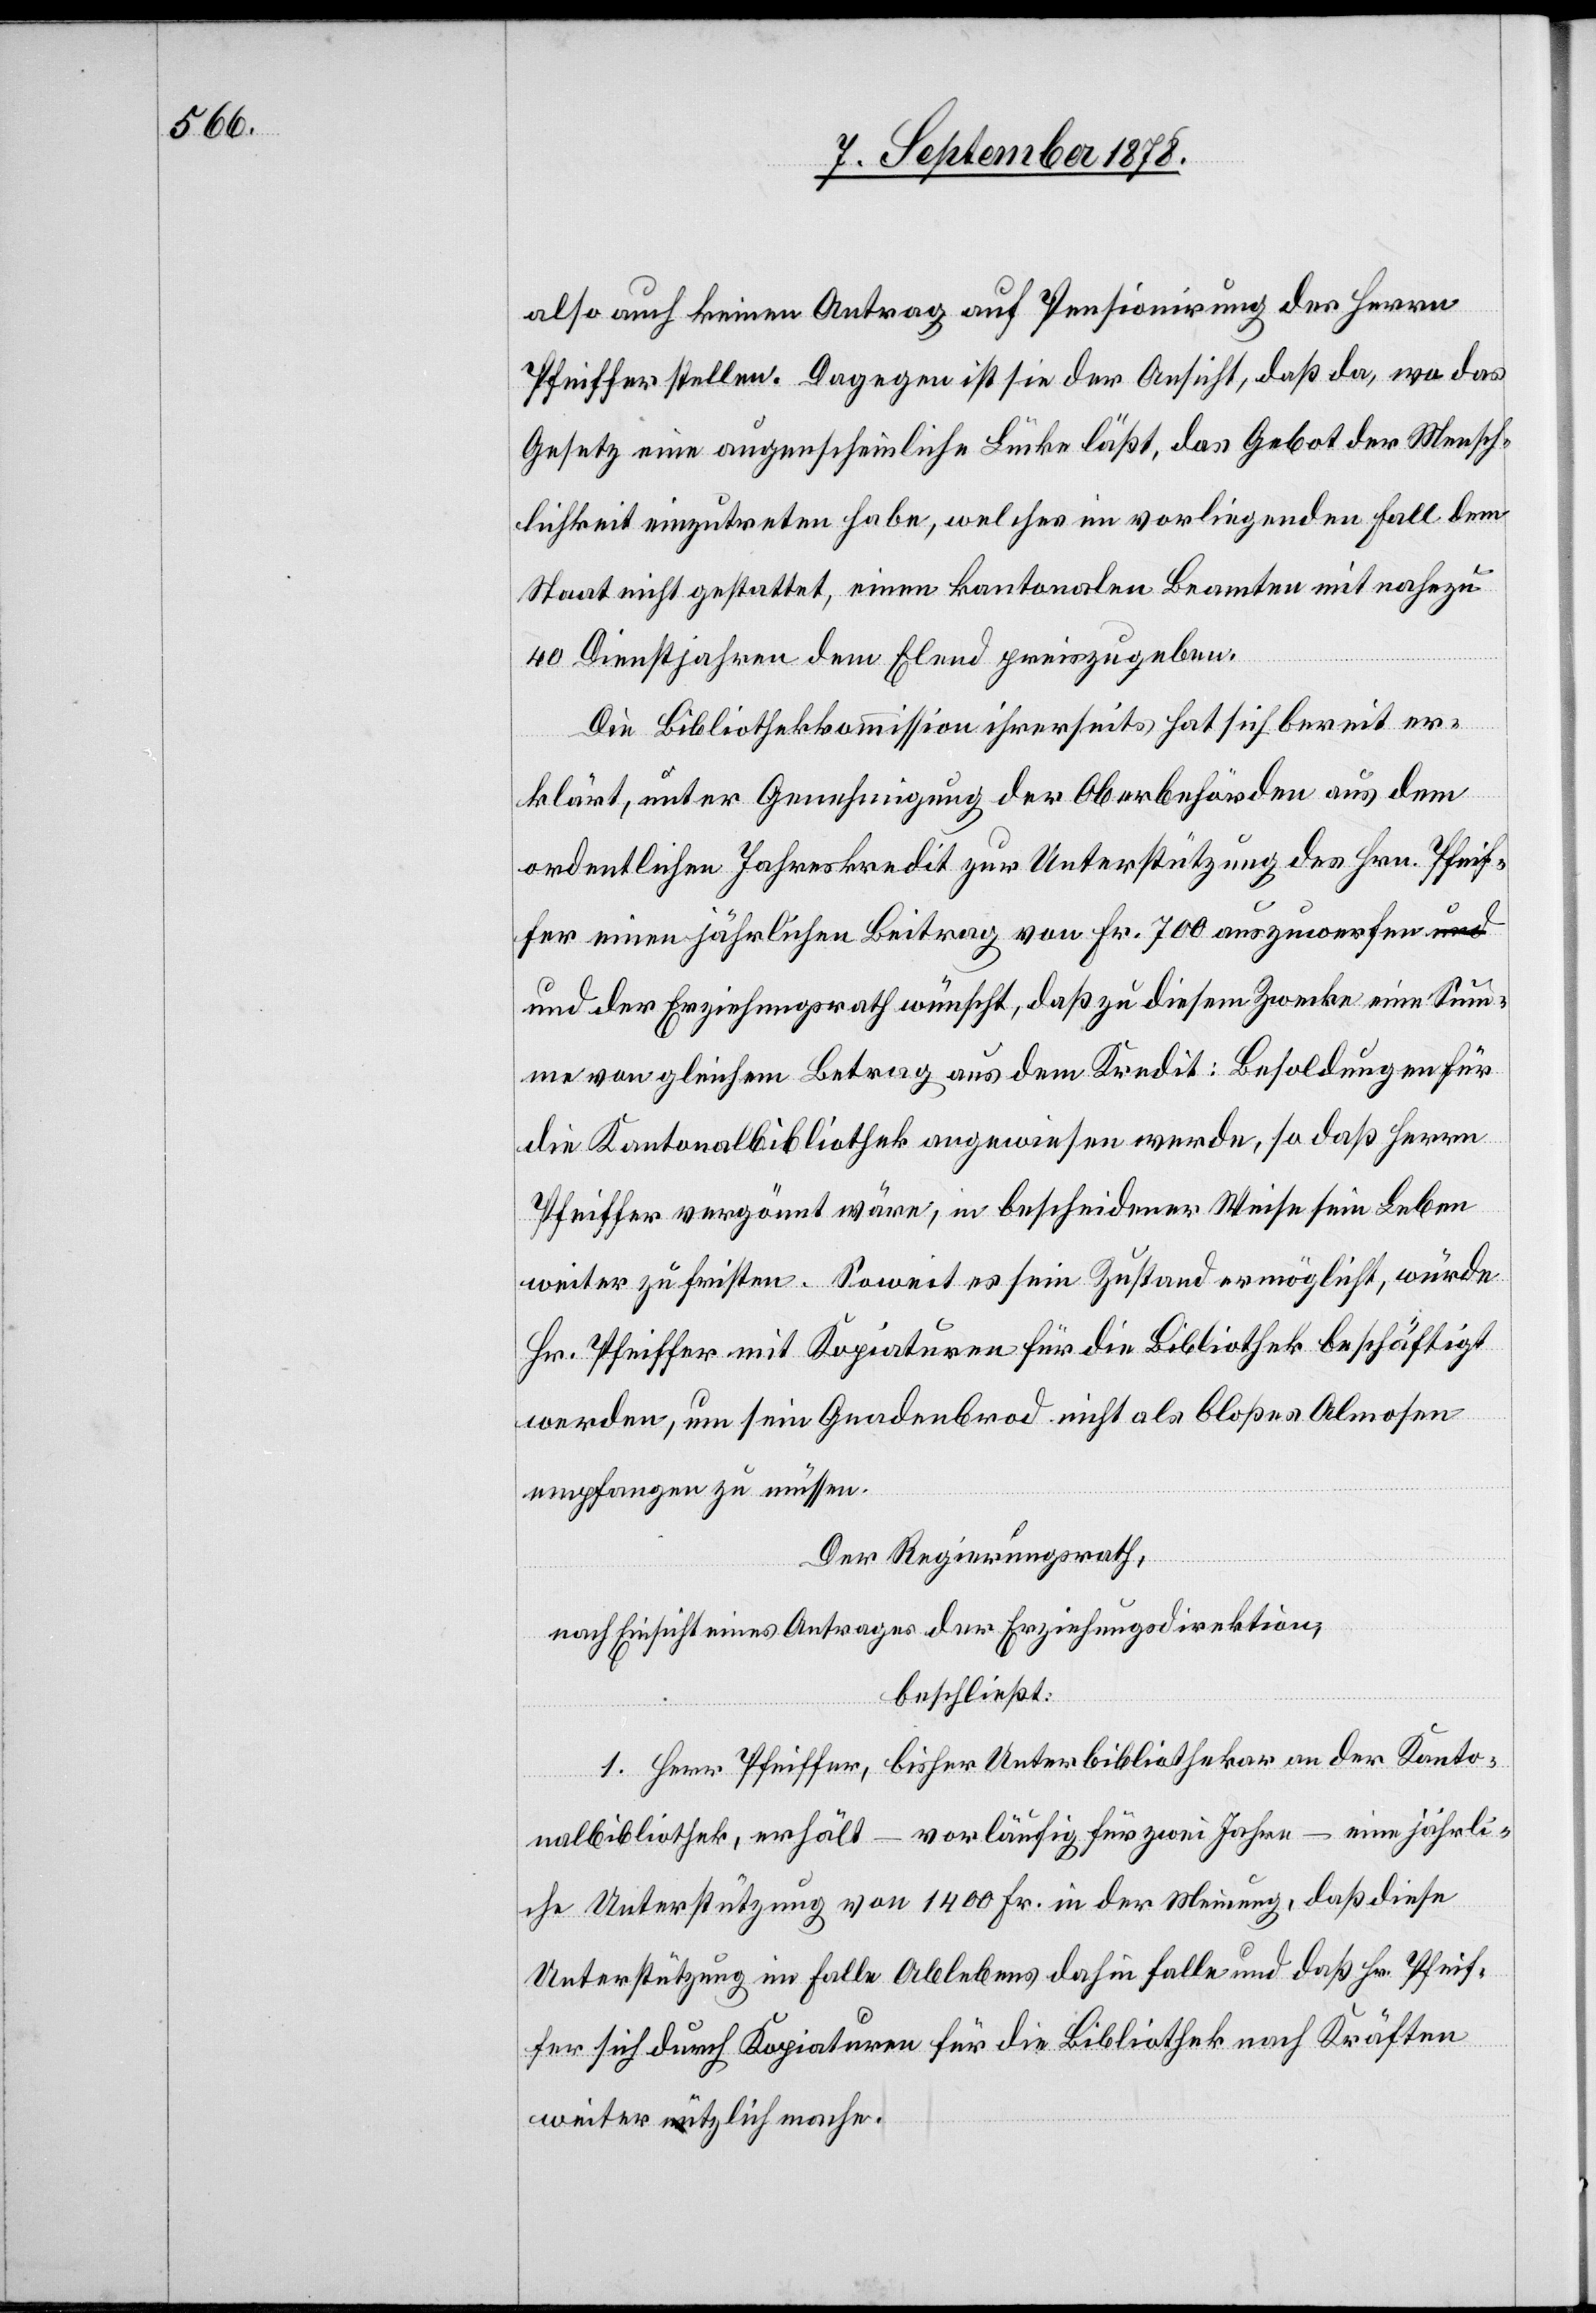
also auch keinen Antrag auf Pensionirung des Herrn
Pfeiffer stellen. Dagegen ist sie der Ansicht, daß da, wo das
Gesetz eine augenscheinliche Lücke läßt, das Gebot der Mensch¬
lichkeit einzutreten habe, welches im vorliegenden Fall dem
Staat nicht gestattet, einen kantonalen Beamten mit nahezu
40 Dienstjahren dem Elend preiszugeben.
Die Bibliothekskommission ihrerseits hat sich bereit er¬
klärt, unter Genehmigung der Oberbehörden aus dem
ordentlichen Jahreskredit zur Unterstützung des Hrn. Pfeif¬
fer einen jährlichen Beitrag von Fr. 700 auszuwerfen u¬
nd der Erziehungsrath wünscht, daß zu diesem Zwecke eine Sum¬
me von gleichem Betrag aus dem Kredit: Besoldungen für
die Kantonalbibliothek angewiesen werde, so daß Herrn
Pfeiffer vergönnt wäre, in bescheidener Weise sein Leben
weiter zu fristen. Soweit es sein Zustand ermöglicht, würde
Hr. Pfeiffer mit Kopiaturen für die Bibliothek beschäftigt
werden, um sein Gnadenbrod nicht als bloßes Almosen
empfangen zu müssen.
Der Regierungsrath,
nach Einsicht eines Antrages der Erziehungsdirektion,
beschließt:
1. Herr Pfeiffer, bisher Unterbibliothekar an der Kanto¬
nalbibliothek, erhält – vorläufig für zwei Jahre – eine jährli¬
che Unterstützung von 1400 Fr. in der Meinung, daß diese
Unterstützung im Falle Ablebens dahin falle und daß Hr. Pfeif¬
fer sich durch Kopiaturen für die Bibliothek nach Kräften
weiter nützlich mache.